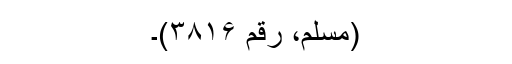
(مسلم، رقم ۳۸۱۶)۔